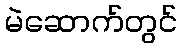
မဲဆောက်တွင်